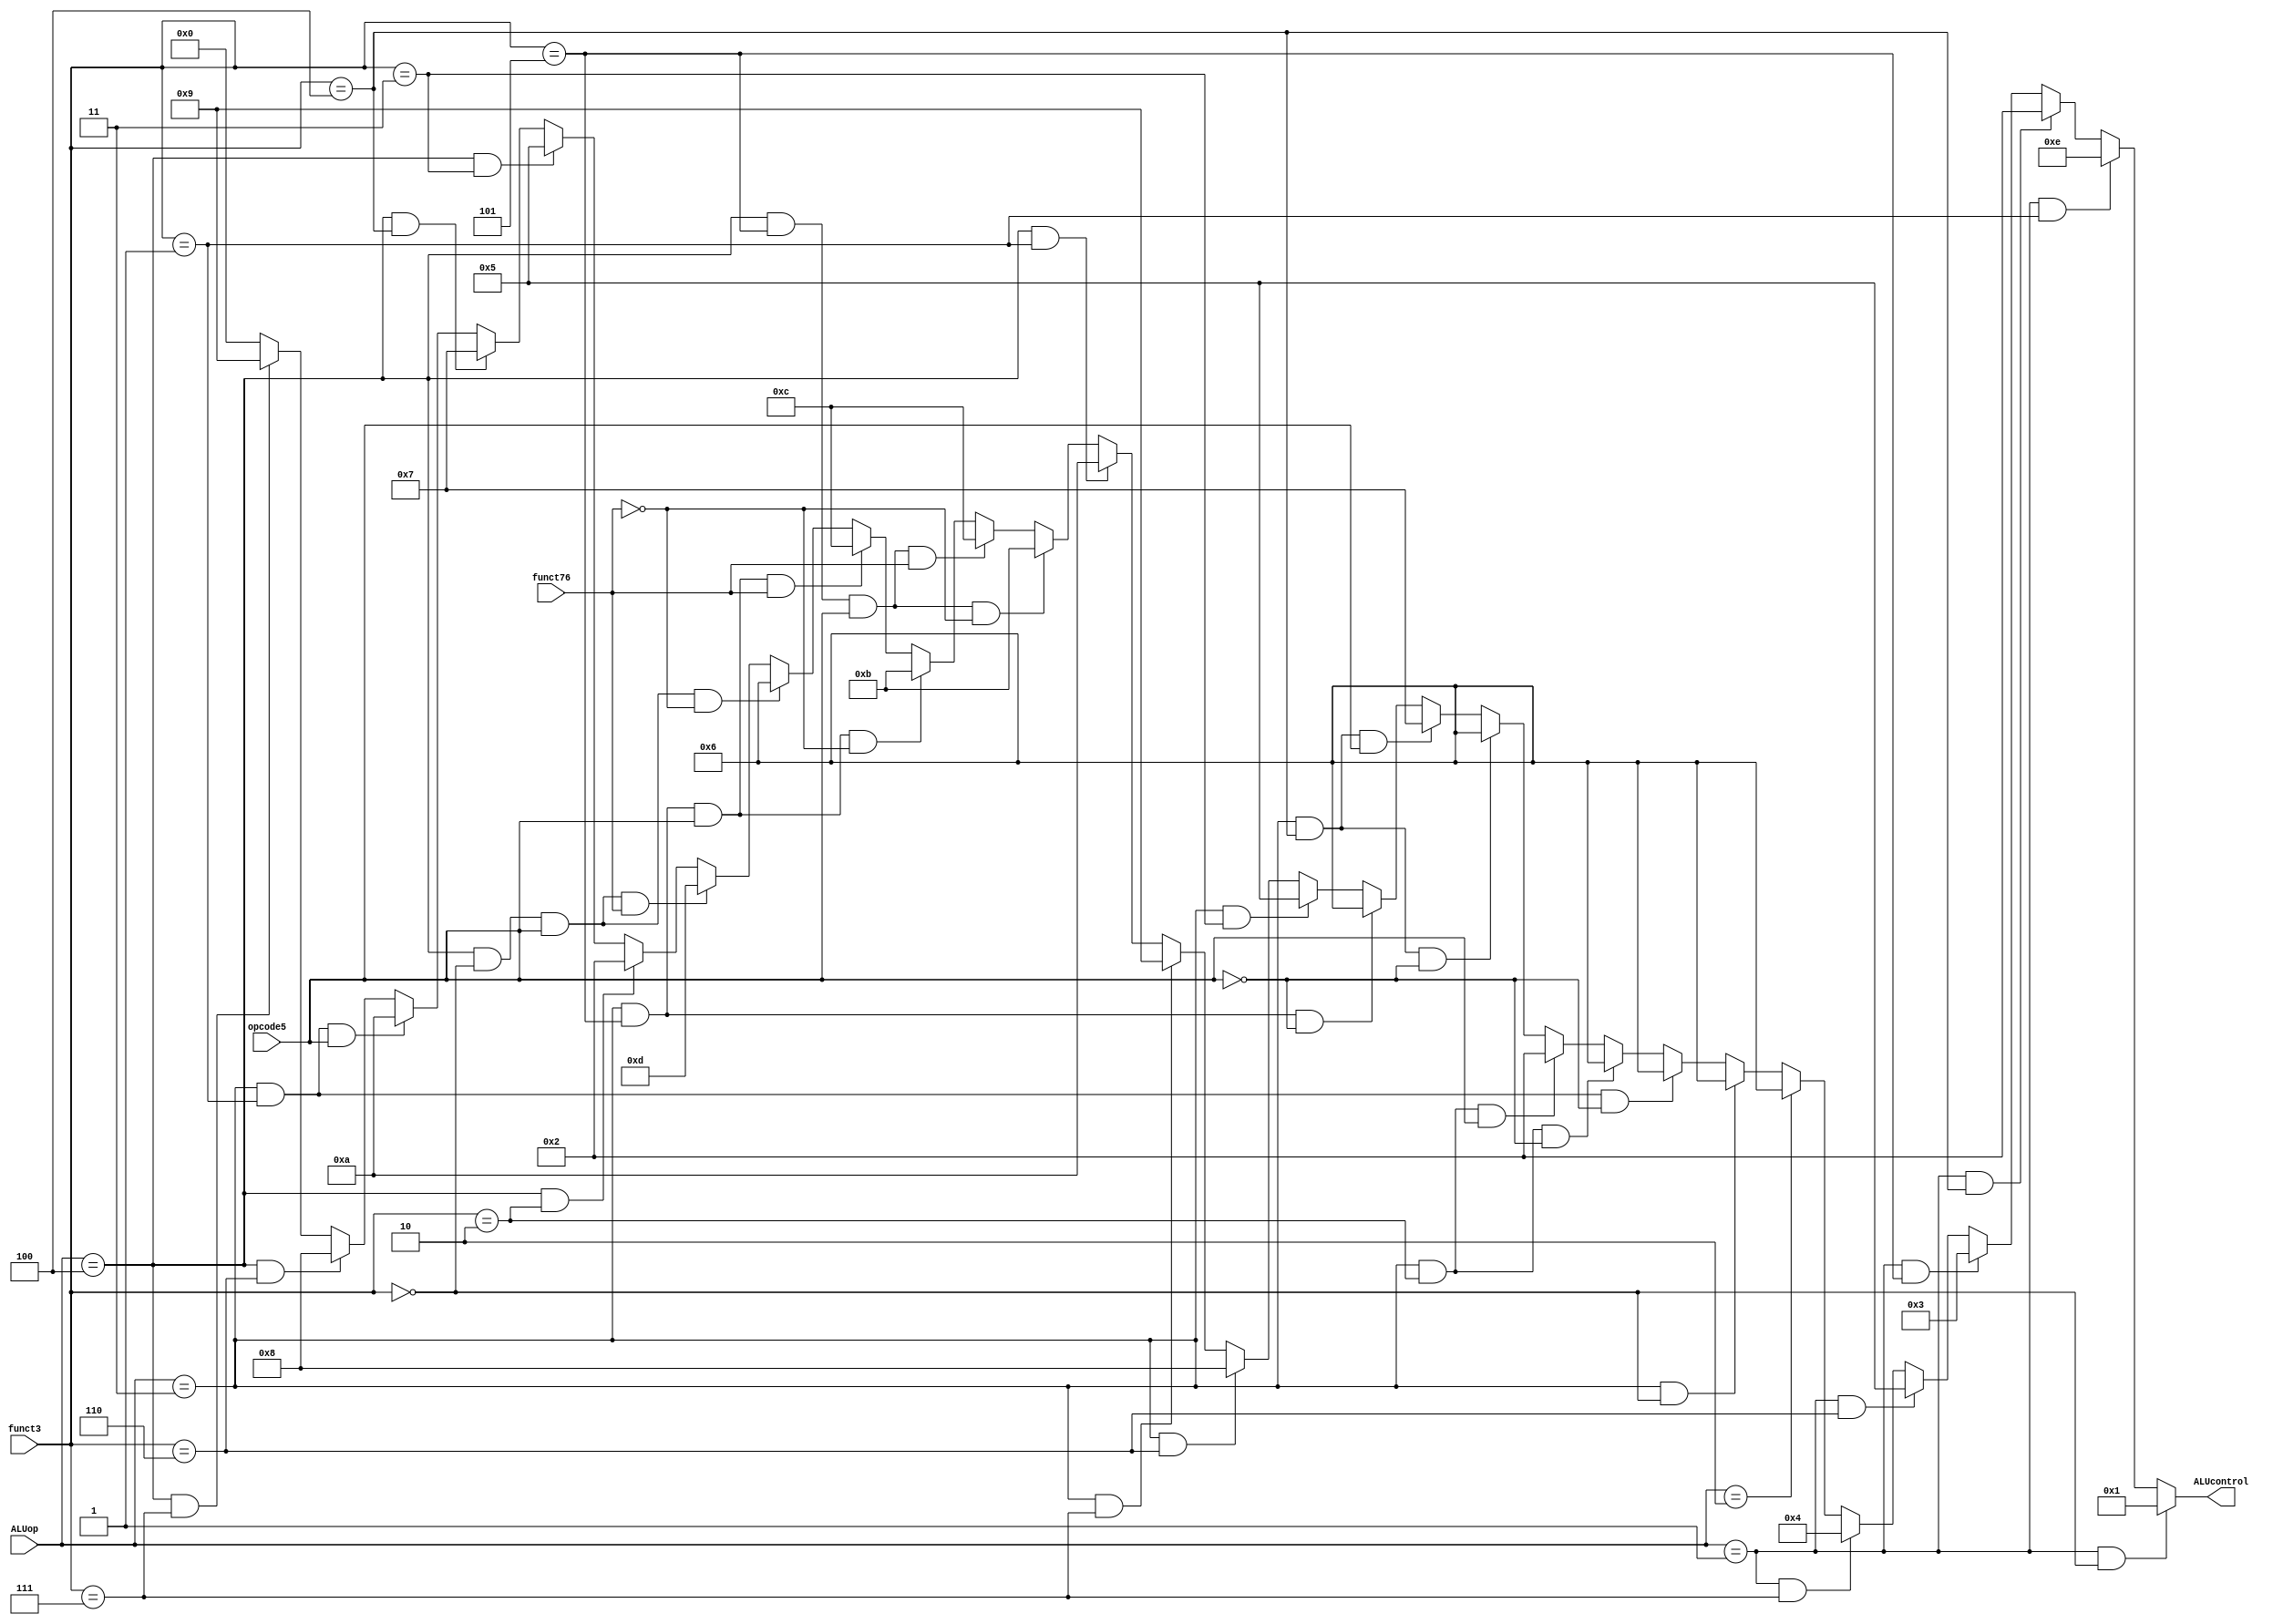
module alu_decoder(ALUop, funct3, opcode5, funct76, ALUcontrol);
input [2:0]ALUop, funct3;
input opcode5, funct76;
output [3:0]ALUcontrol;
assign ALUcontrol = ((ALUop == 3'b001)&&(funct3 == 3'b000)) ? 4'b0001 :
                    ((ALUop == 3'b001)&&(funct3 == 3'b001)) ? 4'b1110 :
                    ((ALUop == 3'b001)&&(funct3 == 3'b100)) ? 4'b0010 :
                    ((ALUop == 3'b001)&&(funct3 == 3'b101)) ? 4'b0011 :
                    ((ALUop == 3'b001)&&(funct3 == 3'b110)) ? 4'b0101 :
                    ((ALUop == 3'b001)&&(funct3 == 3'b111)) ? 4'b0100 :
                    (ALUop == 3'b010) ? 4'b0110 :
                    ((ALUop == 3'b011)&&(funct3 == 3'b000)) ? 4'b0110 :
                    ((ALUop == 3'b011)&&(funct3 == 3'b001)&&(opcode5 == 1'b0)) ? 4'b0110 :
                    ((ALUop == 3'b011)&&(funct3 == 3'b010)&&(opcode5 == 1'b0)) ? 4'b0110 :
                    ((ALUop == 3'b011)&&(funct3 == 3'b010)&&(opcode5 == 1'b1)) ? 4'b0010 :
                    ((ALUop == 3'b011)&&(funct3 == 3'b100)&&(opcode5 == 1'b0)) ? 4'b0110 :
                    ((ALUop == 3'b011)&&(funct3 == 3'b100)&&(opcode5 == 1'b1)) ? 4'b0111 :
                    ((ALUop == 3'b011)&&(funct3 == 3'b101)&&(opcode5 == 1'b0)) ? 4'b0110 :
                    ((ALUop == 3'b011)&&(funct3 == 3'b011)) ? 4'b0101 :
                    ((ALUop == 3'b011)&&(funct3 == 3'b110)) ? 4'b1000 :
                    ((ALUop == 3'b011)&&(funct3 == 3'b111)) ? 4'b1001 :
                    ((ALUop == 3'b100)&&(funct3 == 3'b001)) ? 4'b1010 :
                    ((ALUop == 3'b100)&&(funct3 == 3'b101)&&(opcode5 == 1'b1)&&(funct76 == 1'b0)) ? 4'b1011 :
                    ((ALUop == 3'b100)&&(funct3 == 3'b101)&&(opcode5 == 1'b1)&&(funct76 == 1'b1)) ? 4'b1100 :
                    ((ALUop == 3'b011)&&(funct3 == 3'b101)&&(opcode5 == 1'b1)&&(funct76 == 1'b0)) ? 4'b1011 :
                    ((ALUop == 3'b011)&&(funct3 == 3'b101)&&(opcode5 == 1'b1)&&(funct76 == 1'b1)) ? 4'b1100 :
                    ((ALUop == 3'b100)&&(funct3 == 3'b000)&&(opcode5 == 1'b1)&&(funct76 == 1'b0)) ? 4'b0110 :
                    ((ALUop == 3'b100)&&(funct3 == 3'b000)&&(opcode5 == 1'b1)&&(funct76 == 1'b1)) ? 4'b1101 :
                    ((ALUop == 3'b100)&&(funct3 == 3'b010)) ? 4'b0010 :
                    ((ALUop == 3'b100)&&(funct3 == 3'b011)) ? 4'b0101 :
                    ((ALUop == 3'b100)&&(funct3 == 3'b100)) ? 4'b0111 :
                    ((ALUop == 3'b011)&&(funct3 == 3'b001)&&(opcode5 == 1'b1)) ? 4'b1010 :
                    ((ALUop == 3'b100)&&(funct3 == 3'b110)) ? 4'b1000 :
                    ((ALUop == 3'b100)&&(funct3 == 3'b111)) ? 4'b1001 : 4'b0000;



endmodule